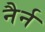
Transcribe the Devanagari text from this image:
नैर्न